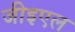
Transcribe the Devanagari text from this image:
जीइएल